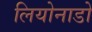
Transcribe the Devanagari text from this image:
लियोनाडो